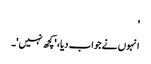
'
انہوں نے جواب دیا، 'کچھ نہیں'۔